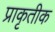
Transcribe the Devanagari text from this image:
प्राकृतीक